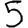
Digit: 5